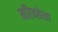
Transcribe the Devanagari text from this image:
मॉरेक्सेला